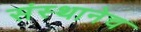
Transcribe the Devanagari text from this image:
संस्थानेच